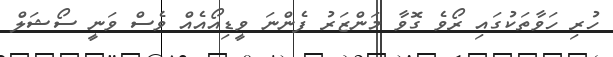
ހުރި ހަވާތަކުގައި ރޯވެ ގޮވާ މަންޒަރު ފެންނަ ވީޑިއޯއެއް ވެސް ވަނީ ސޯޝަލް